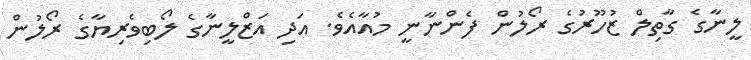
ލީނާގެ ގާތިލް ޒުހޫރުގެ ރޯލުން ފެންނާނީ މުއާއެވެ. އަދި އަޒްލީނާގެ ލޯބިވެރިޔާގެ ރޯލުން